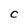
Character: C